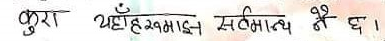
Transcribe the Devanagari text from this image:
कुरा यहाँ रमाएन सत्य नै छ।